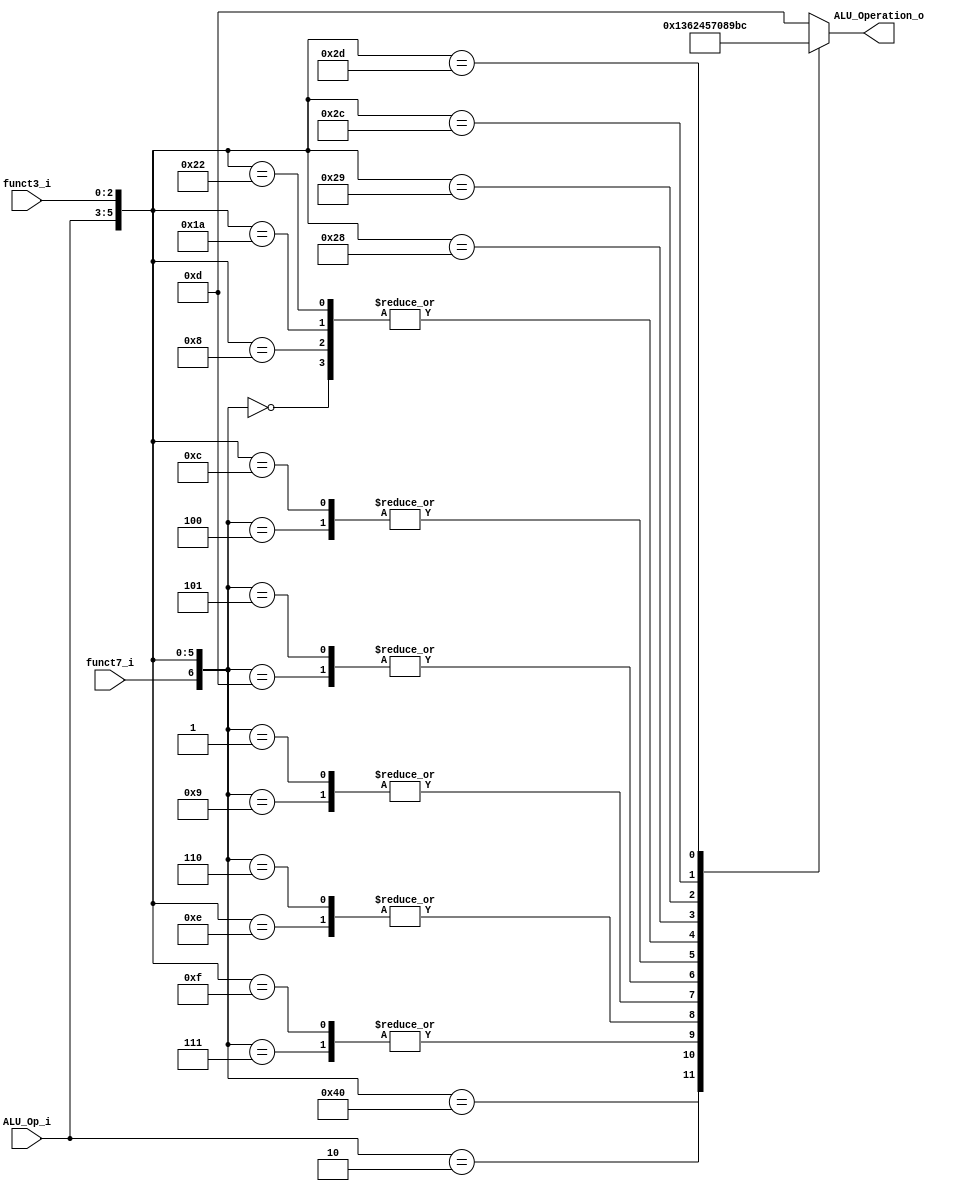
/******************************************************************
* Description
*	This is the control unit for the ALU. It receves a signal called 
*	ALUOp from the control unit and signals called funct7 and funct3  from
*	the instruction bus.
* Version:
*	1.0
* Author:
*	Dr. Jos Luis Pizano Escalante
* email:
*	luispizano@iteso.mx
* Date:
*	16/08/2021
******************************************************************/
module ALU_Control
(
	input funct7_i, 
	input [2:0] ALU_Op_i,
	input [2:0] funct3_i,
	

	output [3:0] ALU_Operation_o

);

localparam R_Type_ADD = 7'b0_000_000;
localparam I_Type_ADDI = 7'bx_001_000;
localparam R_Type_SUB = 7'b1_000_000;
localparam I_Type_ORI = 7'bx_001_110;
localparam U_Type_LUI = 7'bx_010_xxx;
localparam I_Type_SLLI = 7'b0_001_001;
localparam I_Type_SRLI = 7'b0_001_101;
localparam R_Type_AND = 7'b0_000_111;
localparam I_Type_ANDI = 7'bx_001_111;
localparam R_Type_OR = 7'b0_000_110;
localparam R_Type_SLL = 7'b0_000_001;
localparam R_Type_SRL = 7'b0_000_101;
localparam R_Type_XOR = 7'b0_000_100;
localparam I_Type_XORI = 7'bx_001_100;
localparam I_Type_LW = 7'bx_011_010;
localparam S_Type_SW = 7'bx_100_010;
localparam SB_Type_BEQ = 7'bx_101_000;
localparam SB_Type_BNE = 7'bx_101_001;
localparam SB_Type_BLT = 7'bx_101_100;
localparam SB_Type_BGE = 7'bx_101_101;

reg [3:0] alu_control_values;
wire [6:0] selector;

assign selector = {funct7_i, ALU_Op_i, funct3_i};

always@(selector)begin
	casex(selector)
		R_Type_ADD: alu_control_values = 4'b00_00;
		I_Type_ADDI: alu_control_values = 4'b00_00;
		R_Type_SUB: alu_control_values = 4'b00_01;
		I_Type_ORI: alu_control_values = 4'b00_10;
		U_Type_LUI: alu_control_values = 4'b00_11;
		I_Type_SLLI: alu_control_values = 4'b01_00;
		I_Type_SRLI: alu_control_values = 4'b01_01;
		R_Type_AND: alu_control_values = 4'b01_10;
		I_Type_ANDI: alu_control_values = 4'b01_10;
		R_Type_OR: alu_control_values = 4'b00_10;
		R_Type_SLL: alu_control_values = 4'b01_00;
		R_Type_SRL: alu_control_values = 4'b01_01;
		R_Type_XOR: alu_control_values = 4'b01_11;
		I_Type_XORI: alu_control_values = 4'b01_11;
		I_Type_LW: alu_control_values = 4'b00_00;
		S_Type_SW: alu_control_values = 4'b00_00;
		SB_Type_BEQ: alu_control_values = 4'b10_00;
		SB_Type_BNE: alu_control_values = 4'b10_01;
		SB_Type_BLT: alu_control_values = 4'b10_11;
		SB_Type_BGE: alu_control_values = 4'b11_00;
		
		

		default: alu_control_values = 4'b11_01;
	endcase
end


assign ALU_Operation_o = alu_control_values;


endmodule